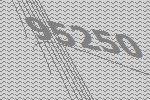
95250